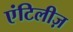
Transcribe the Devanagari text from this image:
एंटिलीज़